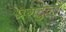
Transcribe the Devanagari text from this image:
प्रगटुनी